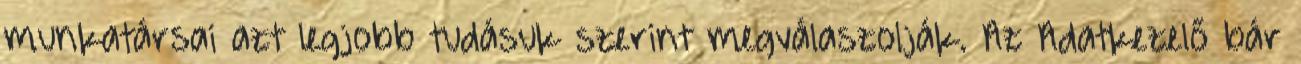
munkatársai azt legjobb tudásuk szerint megválaszolják. Az Adatkezelő bár